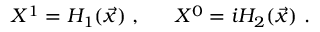
X ^ { 1 } = { \cal H } _ { 1 } ( \vec { x } ) \ , ~ ~ ~ ~ ~ X ^ { 0 } = i { \cal H } _ { 2 } ( \vec { x } ) \ .